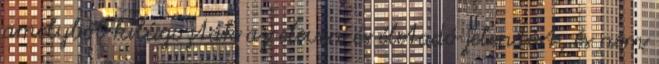
amelyből kilúgozták az eleven és életadó jelentést, és nem